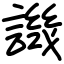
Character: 譏